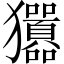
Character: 㺧